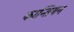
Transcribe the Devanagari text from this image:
कान्तियन